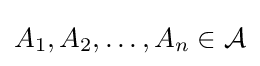
A_{1},A_{2},\ldots ,A_{n}\in {\mathcal {A}}